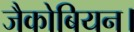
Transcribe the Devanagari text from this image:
जैकोबियन।